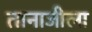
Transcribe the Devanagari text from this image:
तानाजीला